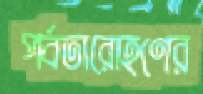
পর্বতারোহণের